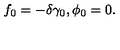
f _ { 0 } = - \delta \gamma _ { 0 } , \phi _ { 0 } = 0 .